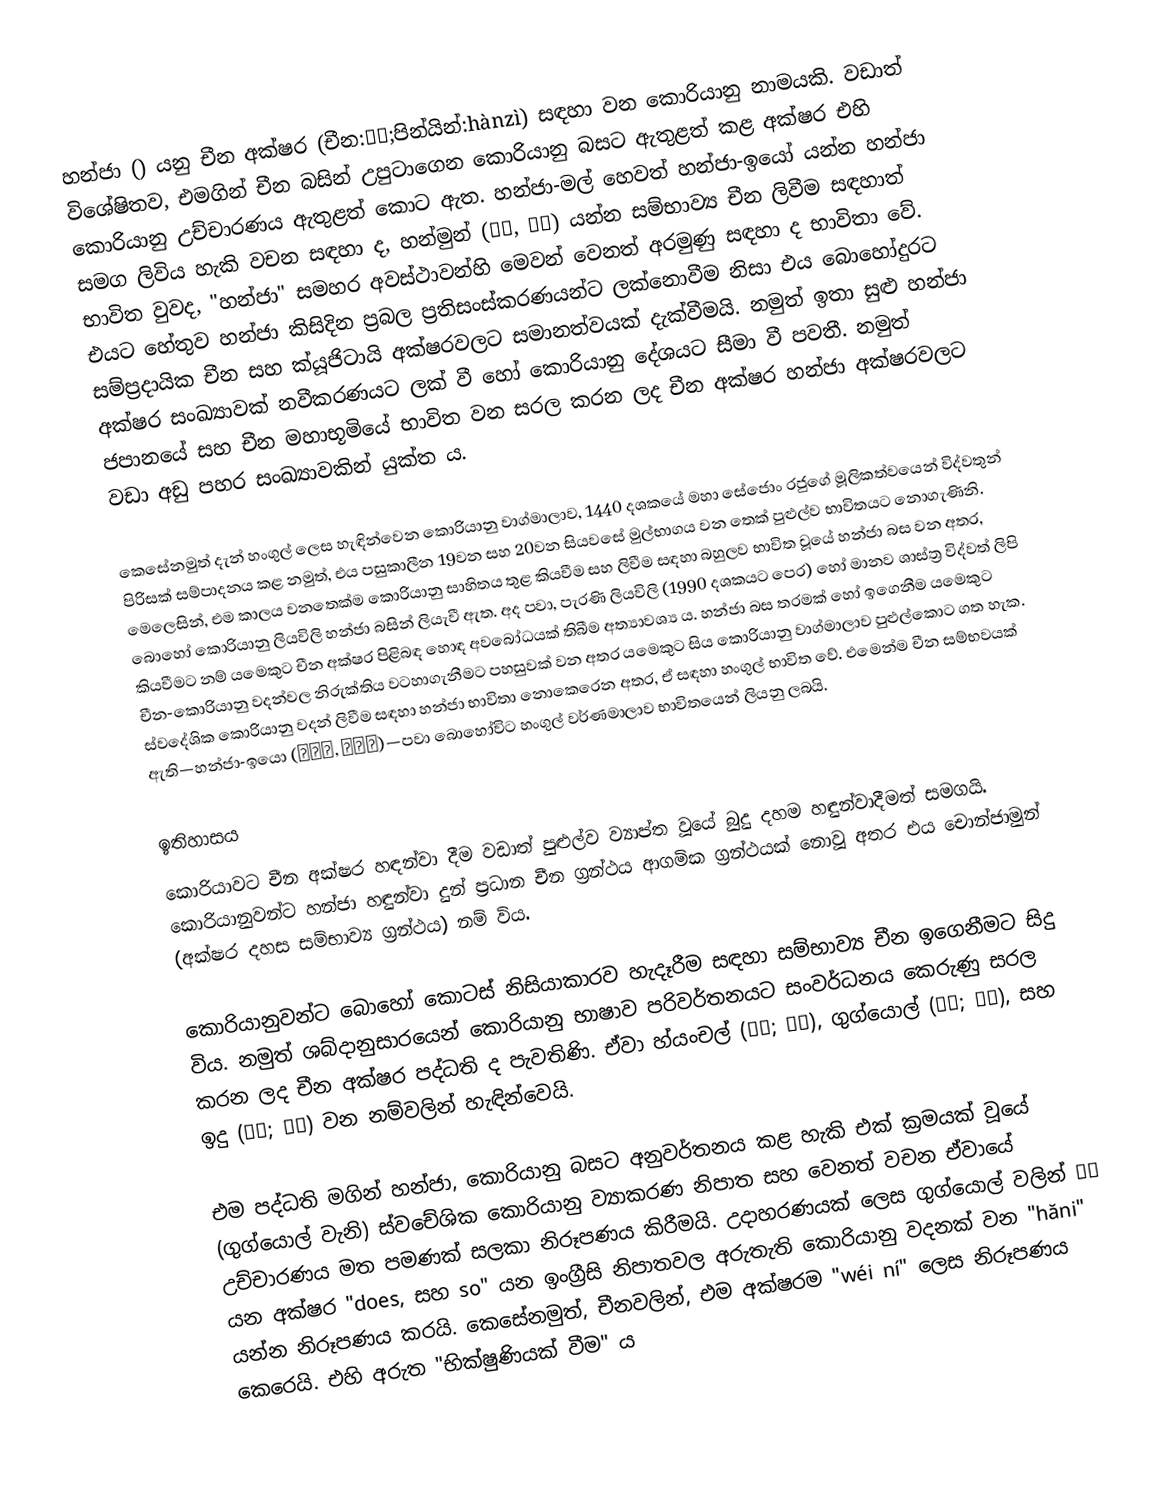
හන්ජා () යනු චීන අක්ෂර (චීන:漢字;පින්යින්:hànzì) සඳහා වන කොරියානු නාමයකි. වඩාත් විශේෂිතව, එමගින් චීන බසින් උපුටාගෙන කොරියානු බසට ඇතුළත් කළ අක්ෂර එහි කොරියානු උච්චාරණය ඇතුළත් කොට ඇත. හන්ජා-මල් හෙවත් හන්ජා-ඉයෝ යන්න හන්ජා සමග ලිවිය හැකි වචන සඳහා ද, හන්මුන් (한문, 漢文) යන්න සම්භාව්‍ය චීන ලිවීම සඳහාත් භාවිත වුවද, "හන්ජා" සමහර අවස්ථාවන්හි මෙවන් වෙනත් අරමුණු සඳහා ද භාවිතා වේ. එයට හේතුව හන්ජා කිසිදින ප්‍රබල ප්‍රතිසංස්කරණයන්ට ලක්නොවීම නිසා එය බොහෝදුරට සම්ප්‍රදායික චීන සහ ක්යූජිටායි අක්ෂරවලට සමානත්වයක් දැක්වීමයි. නමුත් ඉතා සුළු හන්ජා අක්ෂර සංඛ්‍යාවක් නවීකරණයට ලක් වී හෝ කොරියානු දේශයට සීමා වී පවතී. නමුත් ජපානයේ සහ චීන මහාභූමියේ භාවිත වන සරල කරන ලද චීන අක්ෂර හන්ජා අක්ෂරවලට වඩා අඩු පහර සංඛ්‍යාවකින් යුක්ත ය.

කෙසේනමුත් දැන් හංගුල් ලෙස හැඳින්වෙන කොරියානු වාග්මාලාව, 1440 දශකයේ මහා සේජොං රජුගේ මූලිකත්වයෙන් විද්වතුන් පිරිසක් සම්පාදනය කළ නමුත්, එය පසුකාලීන 19වන සහ 20වන සියවසේ මුල්භාගය වන තෙක් පුළුල්ව භාවිතයට නොගැණිනි. මෙලෙසින්, එම කාලය වනතෙක්ම කොරියානු සාහිතය තුළ කියවීම සහ ලිවීම සඳහා බහුලව භාවිත වූයේ හන්ජා බස වන අතර, බොහෝ කොරියානු ලියවිලි හන්ජා බසින් ලියැවී ඇත. අද පවා, පැරණි ලියවිලි (1990 දශකයට පෙර) හෝ මානව ශාස්ත්‍ර විද්වත් ලිපි කියවීමට නම් යමෙකුට චීන අක්ෂර පිළිබඳ හොඳ අවබෝධයක් තිබීම අත්‍යාවශ්‍ය ය. හන්ජා බස තරමක් හෝ ඉගෙනීම යමෙකුට චීන-කොරියානු වදන්වල නිරුක්තිය වටහාගැනීමට පහසුවක් වන අතර යමෙකුට සිය කොරියානු වාග්මාලාව පුළුල්කොට ගත හැක. ස්වදේශික කොරියානු වදන් ලිවීම සඳහා හන්ජා භාවිතා නොකෙරෙන අතර, ඒ සඳහා හංගුල් භාවිත වේ. එමෙන්ම චීන සම්භවයක් ඇති—හන්ජා-ඉයො (한자어, 漢字語)—පවා බොහෝවිට හංගුල් වර්ණමාලාව භාවිතයෙන් ලියනු ලබයි.

ඉතිහාසය
කොරියාවට චීන අක්ෂර හඳන්වා දීම වඩාත් පුළුල්ව ව්‍යාප්ත වූයේ බුදු දහම හඳුන්වාදීමත් සමගයි. කොරියානුවන්ට හන්ජා හඳුන්වා දුන් ප්‍රධාන චීන ග්‍රන්ථය ආගමික ග්‍රන්ථයක් නොවූ අතර එය චොන්ජාමුන් (අක්ෂර දහස සම්භාව්‍ය ග්‍රන්ථය) නම් විය.

කොරියානුවන්ට බොහෝ කොටස් නිසියාකාරව හැදෑරීම සඳහා සම්භාව්‍ය චීන ඉගෙනීමට සිදු විය. නමුත් ශබ්දානුසාරයෙන් කොරියානු භාෂාව පරිවර්තනයට සංවර්ධනය කෙරුණු සරල කරන ලද චීන අක්ෂර පද්ධති ද පැවතිණි. ඒවා හ්යංචල් (향찰; 鄕札), ගුග්යොල් (구결; 口訣), සහ ඉදු (이두; 吏讀) වන නම්වලින් හැඳින්වෙයි.

එම පද්ධති මගින් හන්ජා, කොරියානු බසට අනුවර්තනය කළ හැකි එක් ක්‍රමයක් වූයේ (ගුග්යොල් වැනි) ස්වචේශික කොරියානු ව්‍යාකරණ නිපාත සහ වෙනත් වචන ඒවායේ උච්චාරණය මත පමණක් සලකා නිරූපණය කිරීමයි. උදාහරණයක් ලෙස ගුග්යොල්  වලින් 爲尼 යන අක්ෂර "does, සහ so" යන ඉංග්‍රීසි නිපාතවල අරුතැති කොරියානු වදනක් වන "hăni" යන්න නිරූපණය කරයි. කෙසේනමුත්, චීනවලින්, එම අක්ෂරම "wéi ní" ලෙස නිරූපණය කෙරෙයි. එහි අරුත "භික්ෂුණියක් වීම" ය